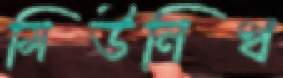
মিউনিখ